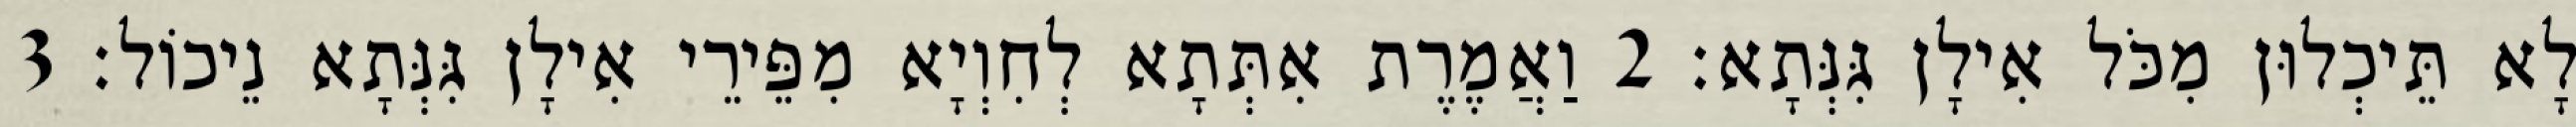
לָא תֵּיכְלוּן מִכֹּל אִילָן גִּנְּתָא׃ 2 וַאֲמֶרֶת אִתְּתָא לְחִוְיָא מִפֵּירֵי אִילָן גִּנְּתָא נֵיכוֹל׃ 3